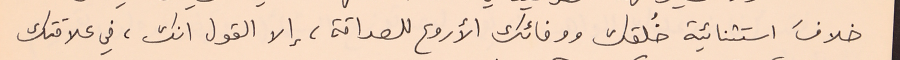
خلافَ استثنائية خُلقك ووفائك الأروع للصداقة، إلا القول انك، في علاقتك